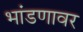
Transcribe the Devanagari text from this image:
भांडणावर